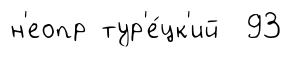
н'еопр тур'е́цк'ий 93